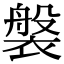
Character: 褩